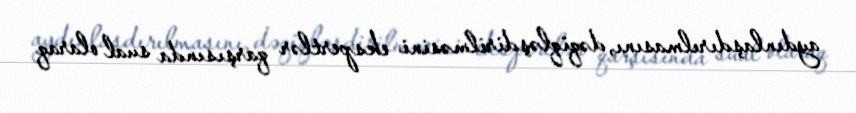
aydınlaşdırılmasını, dəqiqləşdirilməsini ekspertlər qarşısında sual olaraq